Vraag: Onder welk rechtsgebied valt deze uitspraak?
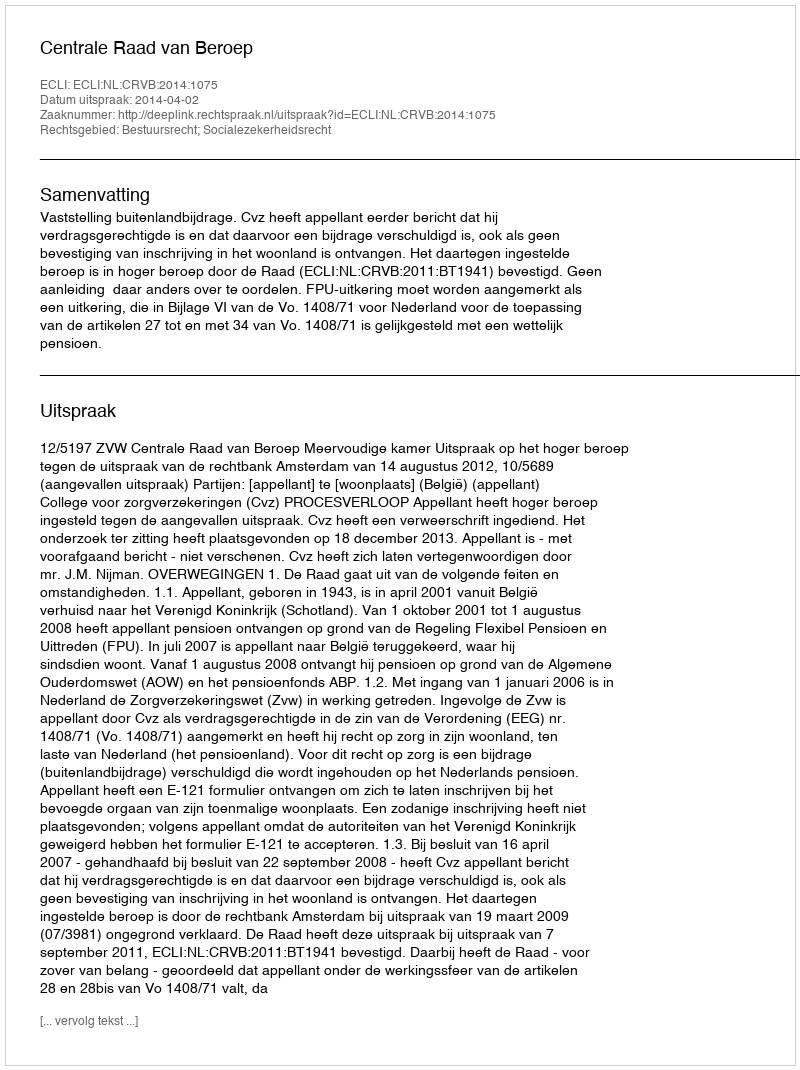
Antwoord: Bestuursrecht; Socialezekerheidsrecht